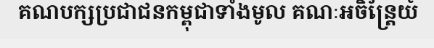
គណបក្សប្រជាជនកម្ពុជាទាំងមូល គណៈអចិន្ត្រៃយ៍